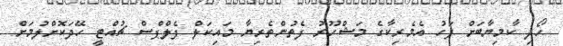
ހޯދި ކާމިޔާބަށް ފަހު އެމެރިކާގެ މަޝްހޫރު ފެތުންތެރިޔާ މައިކަލް ފެލްޕްސް ޗުއްޓީ ހޭދަކޮށްލުމަށް